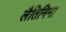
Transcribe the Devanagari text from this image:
लैतिनिना